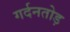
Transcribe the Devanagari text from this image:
गर्दनतोड़